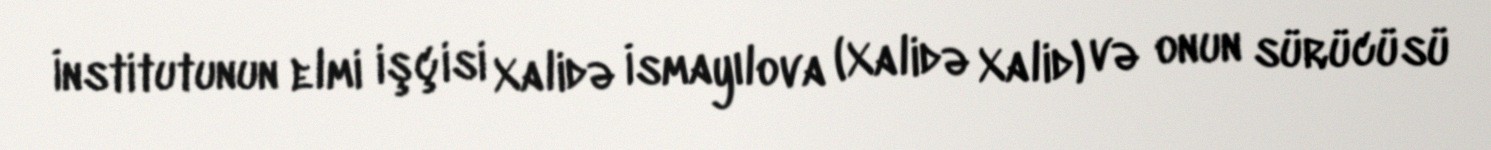
İnstitutunun elmi işçisi Xalidə İsmayılova (Xalidə Xalid) və onun sürücüsü